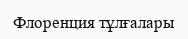
Флоренция тұлғалары